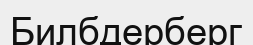
Билбдерберг